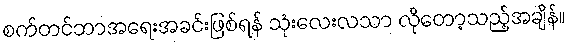
စက်တင်ဘာအရေးအခင်းဖြစ်ရန် သုံးလေးလသာ လိုတော့သည့်အချိန်။